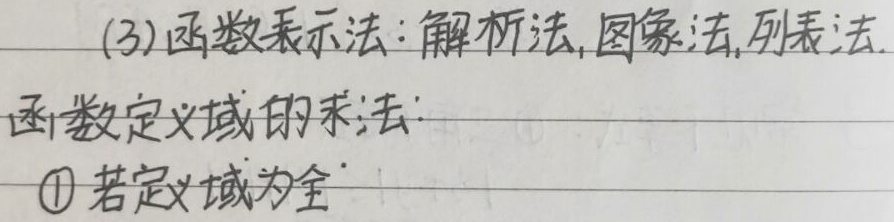
(3) 函数表示法：解析法, 图象法, 列表法。

函数定义域的求法：\(\textcircled{1}\) 若定义域为全（此处显示不全）